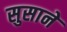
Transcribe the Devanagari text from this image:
सुसाने